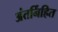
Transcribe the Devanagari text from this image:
अंतर्निहित